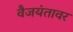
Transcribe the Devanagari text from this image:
वैजयंतावर